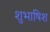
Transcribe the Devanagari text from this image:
शुभाषिश